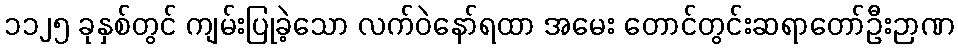
၁၁၂၅ ခုနှစ်တွင် ကျမ်းပြုခဲ့သော လက်ဝဲနော်ရထာ အမေး တောင်တွင်းဆရာတော်ဦးဉာဏ